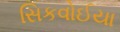
સિકવોઈયા